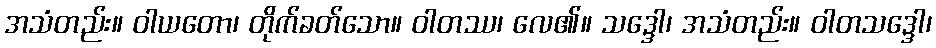
အသံတည်း။ ဝါယတော၊ တိုက်ခတ်သော။ ဝါတဿ၊ လေ၏။ သဒ္ဒေါ၊ အသံတည်း။ ဝါတသဒ္ဒေါ၊